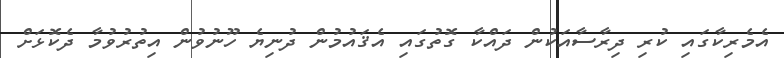
އެމެރިކާގައި ކުރި ދިރާސާއަކުން ދައްކާ ގޮތުގައި އެޤައުމުން ދުނިޔެ ހޫނުވުން އިތުރުވުމާ ދެކޮޅަށް